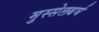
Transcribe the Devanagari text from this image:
मुस्सेलबर्घ